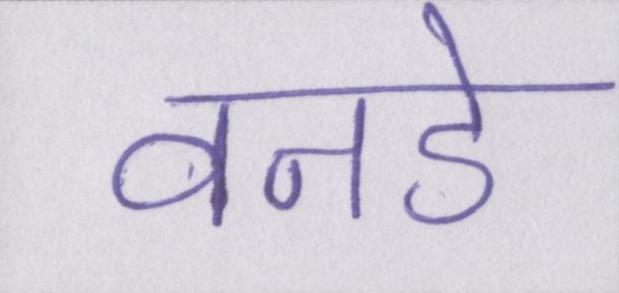
वनडे